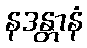
နဒန္တာနံ